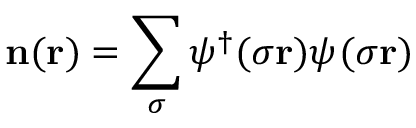
\mathbf { n } ( \mathbf { r } ) = \sum _ { \sigma } ^ { } \psi _ { } ^ { \dagger } ( \sigma \mathbf { r } ) \psi _ { } ^ { } ( \sigma \mathbf { r } )